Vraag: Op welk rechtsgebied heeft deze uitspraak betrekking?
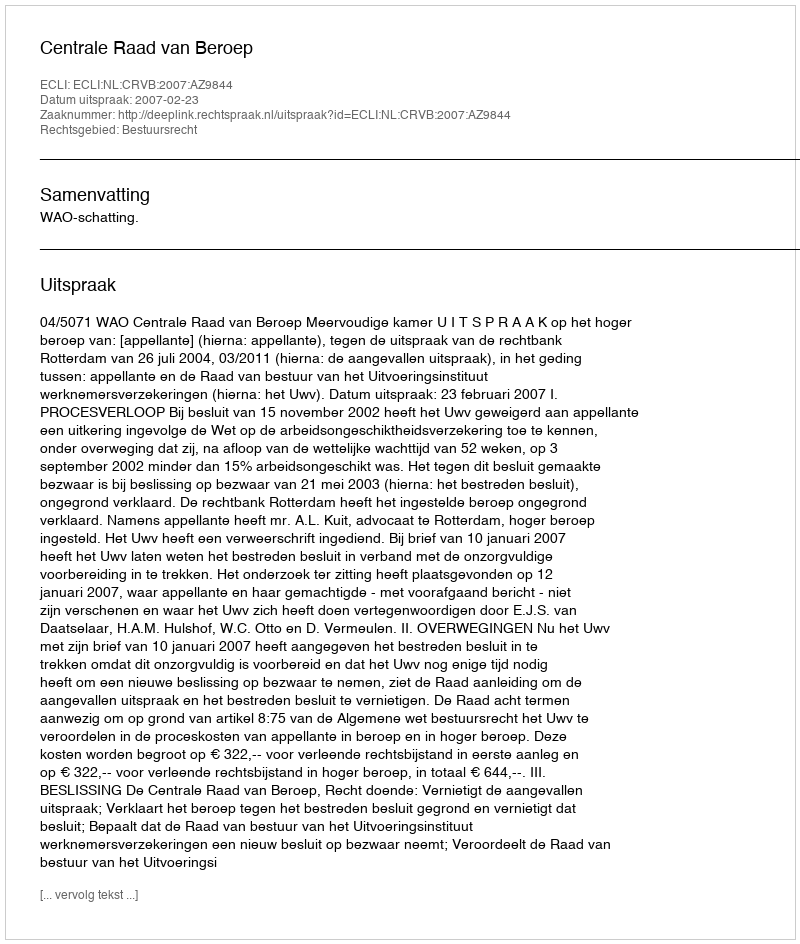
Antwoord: Bestuursrecht